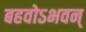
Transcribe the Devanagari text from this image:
बहवोऽभवन्